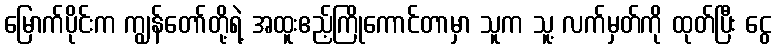
မြောက်ပိုင်းက ကျွန်တော်တို့ရဲ့ အထူးဧည့်ကြိုကောင်တာမှာ သူက သူ့ လက်မှတ်ကို ထုတ်ပြီး ငွေ